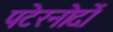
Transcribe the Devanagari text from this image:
पटेरनोदों